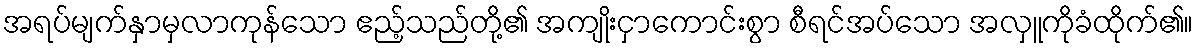
အရပ်မျက်နှာမှလာကုန်သော ဧည့်သည်တို့၏ အကျိုးငှာကောင်းစွာ စီရင်အပ်သော အလှူကိုခံထိုက်၏။